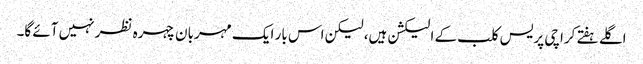
اگلے ہفتے کراچی پریس کلب کے الیکشن ہیں، لیکن اس بار ایک مہربان چہرہ نظر نہیں آئے گا۔